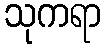
သုကရာ